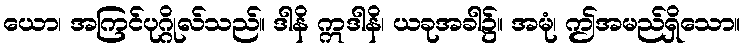
ယော၊ အကြင်ပုဂ္ဂိုလ်သည်။ ဒါနိ ဣဒါနိ၊ ယခုအခါ၌။ အမုံ၊ ဤအမည်ရှိသော။